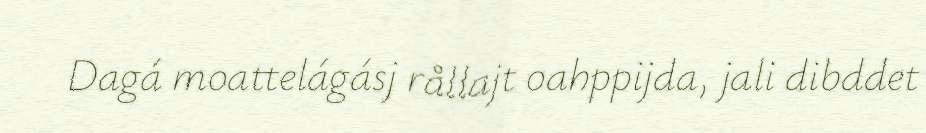
Dagá moattelágásj rållajt oahppijda, jali dibddet